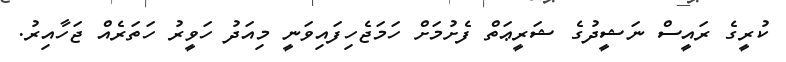
ކުރީގެ ރައީސް ނަޝީދުގެ ޝަރީޢަތް ފެށުމަށް ހަމަޖެހިފައިވަނީ މިއަދު ހަވީރު ހަތަރެއް ޖަހާއިރު.